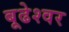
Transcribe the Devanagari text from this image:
बूढेश्वर